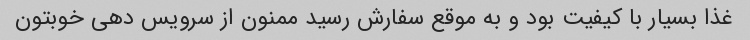
غذا بسیار با کیفیت بود و به موقع سفارش رسید ممنون از سرویس دهی خوبتون